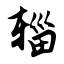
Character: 辎